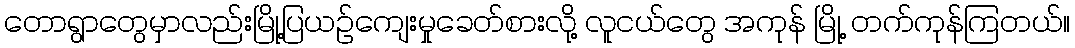
တောရွာတွေမှာလည်းမြို့ပြယဉ်ကျေးမှုခေတ်စားလို့ လူငယ်တွေ အကုန် မြို့ တက်ကုန်ကြတယ်။